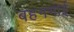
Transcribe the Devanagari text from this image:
बहनभाई